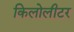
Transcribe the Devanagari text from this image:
किलोलीटर